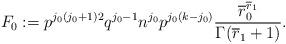
LaTeX: \begin{align*}F_0 := p^{j_0(j_0+1)2} q^{j_0-1} n^{j_0} p^{j_0(k-j_0)} \frac{ \overline r_0^{\overline r_1}} {\Gamma(\overline r_1 +1)}.\end{align*}